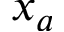
x _ { a }